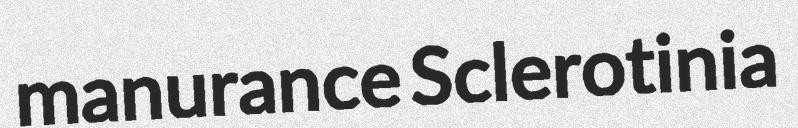
manurance Sclerotinia